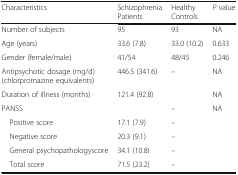
| Characteristics | Schizophrenia Patients | Healthy Controls | P value |
 | --- | --- | --- | --- |
 | Number of subjects | 95 | 93 | NA |
 | Age (years) | 33.6 (7.8) | 33.0 (10.2) | 0.633 |
 | Gender (female/male) | 41/54 | 48/45 | 0.246 |
 | Antipsychotic dosage (mg/d) (chlorpromazine equivalents) | 446.5 (341.6) | – | NA |
 | Duration of illness (months) | 121.4 (92.8) |  | NA |
 | PANSS |  | – | NA |
 | Positive score | 17.1 (7.9) | – |  |
 | Negative score | 20.3 (9.1) | – |  |
 | General psychopathologyscore | 34.1 (10.8) | – |  |
 | Total score | 71.5 (23.2) | – |  |